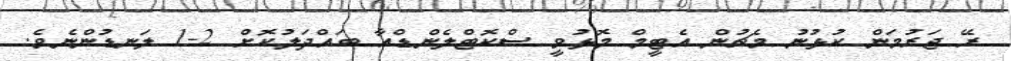
ރޭ ޖަރުމަން ކުޅުނު މެޗުން އެޓީމް މޮޅުވީ ސްކޮޓްލެންޑްއާ ބައްދަލުކޮށް 2-1 ލަނޑުންނެވެ.